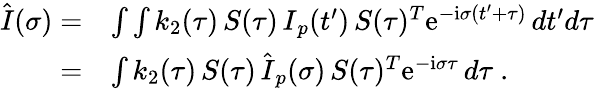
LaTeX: \begin{array}{rl}{\hat{\mathbf\cal I}(\sigma)=}&{\int\int k_{2}(\tau)\, {\mathbf\cal S}(\tau)\, {\mathbf\cal I}_{p}(t^{\prime})\, {\mathbf\cal S}(\tau)^{T}\mathrm{e}^{-\mathrm{i}\sigma(t^{\prime}+\tau)}\, dt^{\prime}d\tau}\\ {=}&{\int k_{2}(\tau)\, {\mathbf\cal S}(\tau)\, \hat{\mathbf\cal I}_{p}(\sigma)\, {\mathbf\cal S}(\tau)^{T}\mathrm{e}^{-\mathrm{i}\sigma\tau}\, d\tau\ .}\end{array}